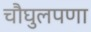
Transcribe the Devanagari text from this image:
चौघुलपणा